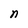
Character: n